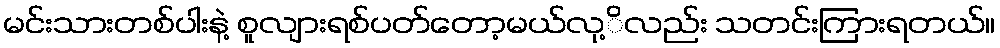
မင်းသားတစ်ပါးနဲ့ စူလျားရစ်ပတ်တော့မယ်လု့ိလည်း သတင်းကြားရတယ်။